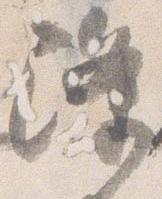
降